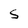
Character: S